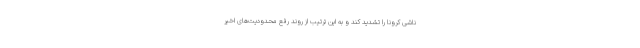
ناشی کرونا را تشدید کند و به این ترتیب از روند رفع محدودیت‌های اخیر